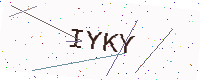
Text: IYKY